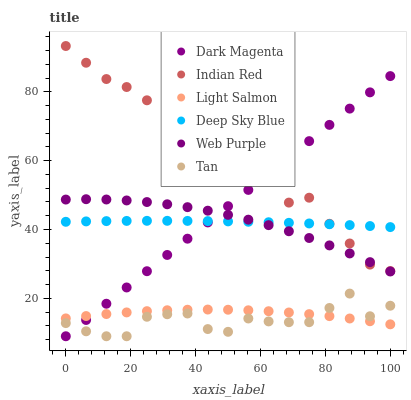
| xaxis_label | Dark Magenta | Indian Red | Light Salmon | Deep Sky Blue | Web Purple | Tan |
 | --- | --- | --- | --- | --- | --- | --- |
 | 0 | 9 | 93.3 | 14.2 | 42.2 | 48.7 | 12.8 |
 | 6.25 | 13.7 | 88.5 | 14.9 | 42.4 | 48.8 | 10.4 |
 | 12.5 | 18.4 | 83.7 | 15.4 | 42.4 | 48.7 | 9 |
 | 18.8 | 23.2 | 81.4 | 15.9 | 42.5 | 48.4 | 9 |
 | 25 | 27.9 | 77.5 | 16.3 | 42.5 | 48 | 14.7 |
 | 31.2 | 32.6 | 77.6 | 16.6 | 42.5 | 47.3 | 15.4 |
 | 37.5 | 37.3 | 68.5 | 16.7 | 42.5 | 46.5 | 15.6 |
 | 43.8 | 42.1 | 66.6 | 16.8 | 42.5 | 45.5 | 11.1 |
 | 50 | 46.8 | 65.5 | 16.7 | 42.4 | 44.3 | 10.3 |
 | 56.2 | 51.5 | 60.1 | 16.5 | 42.3 | 42.9 | 14.2 |
 | 62.5 | 56.2 | 55.3 | 16.3 | 42.1 | 41.3 | 13.3 |
 | 68.8 | 61 | 47.8 | 15.9 | 42 | 39.5 | 13.1 |
 | 75 | 65.7 | 49.2 | 15.4 | 41.8 | 37.5 | 13.1 |
 | 81.2 | 70.4 | 41.7 | 14.8 | 41.5 | 35.4 | 17.2 |
 | 87.5 | 75.1 | 36 | 14.2 | 41.3 | 33.1 | 21.4 |
 | 93.8 | 79.9 | 29.8 | 13.4 | 41 | 30.5 | 14.8 |
 | 100 | 84.6 | 27.9 | 12.5 | 40.7 | 27.8 | 17.9 |